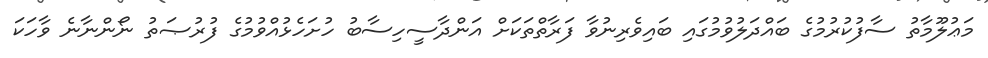
މަޢުލޫމާތު ސާފުކުރުމުގެ ބައްދަލުވުމުގައި ބައިވެރިނުވާ ފަރާތްތަކަށް އަންދާސީހިސާބު ހުށަހެޅުއްވުމުގެ ފުރުޞަތު ނޯންނާނެ ވާހަކަ